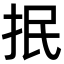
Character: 抿